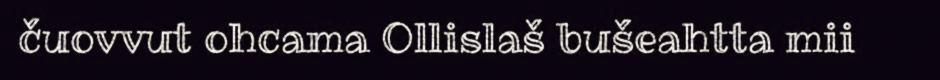
čuovvut ohcama Ollislaš bušeahtta mii